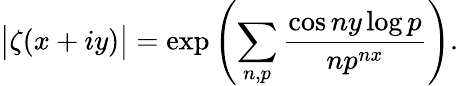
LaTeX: {\big|}\zeta(x+iy){\big|}=\exp\left(\sum_{n,p}{\frac{\cos ny\log p}{np^{nx}}}\right).